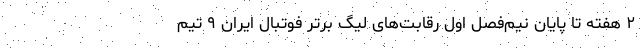
۲ هفته تا پایان نیم‌فصل اول رقابت‌های لیگ برتر فوتبال ایران ۹ تیم